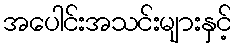
အပေါင်းအသင်းများနှင့်